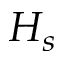
H _ { s }